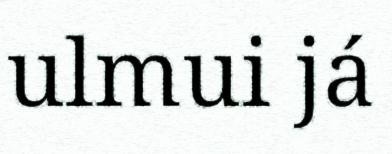
ulmui já